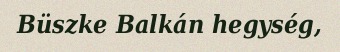
Büszke Balkán hegység,